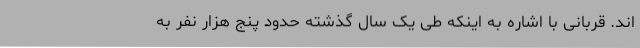
اند. قربانی با اشاره به اینکه طی یک سال گذشته حدود پنج هزار نفر به